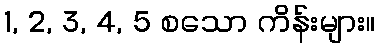
1, 2, 3, 4, 5 စသော ကိန်းများ။